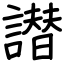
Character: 譛